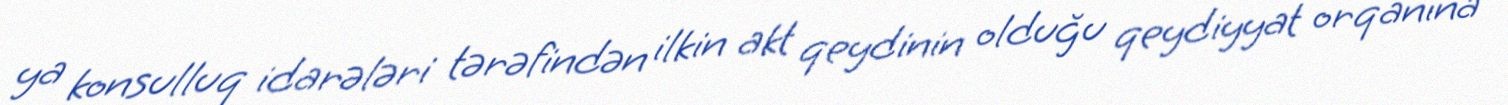
ya konsulluq idarələri tərəfindən ilkin akt qeydinin olduğu qeydiyyat orqanına